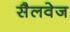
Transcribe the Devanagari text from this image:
सैलवेज